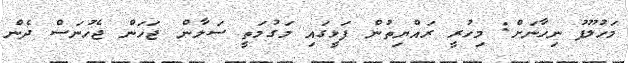
މަހުލޫފު ނިހާނަށް: މިހުރީ ރައްޔިތުން ފަޅީގައި މަގުމަތީ ސަލާން ޖަހަން ޖެހުނަސް ދެން